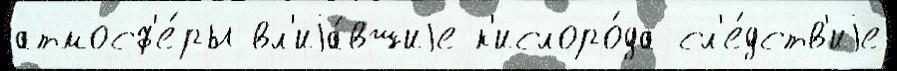
атмосф'е́ры вл'иjа́вшиjе к'ислоро́да сл'е́дств'иjе